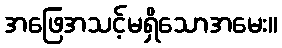
အဖြေအသင့်မရှိသောအမေး။